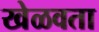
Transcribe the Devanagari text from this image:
खेळवता